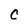
Character: c